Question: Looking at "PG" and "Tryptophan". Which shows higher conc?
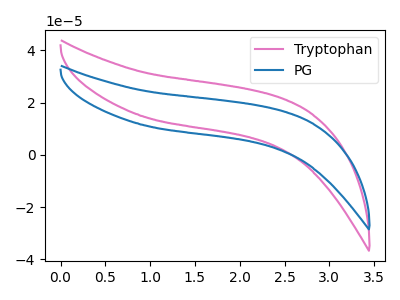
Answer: <think>The pink curve "Tryptophan" has no peaks. The blue curve "PG" has no peaks.
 Neither "PG" or "Tryptophan" have any peaks.</think>
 <answer>I cant tell if "PG" or "Tryptophan" has higher concentration.</answer>
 <eval>mixed_concentration</eval>